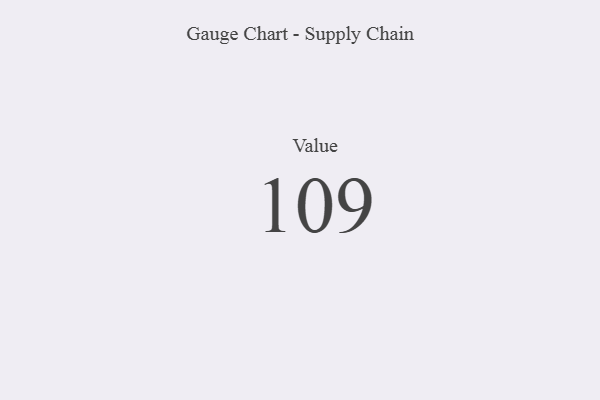
{"axis": {"x": "Metric", "y": "Value"}, "legend": [""], "data": [{"x": "Value", "y": 109, "type": ""}]}